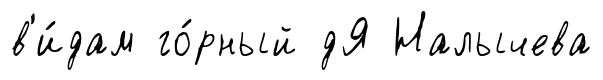
в'и́дам го́рный дЯ Налычева